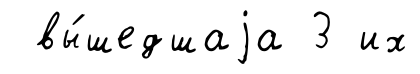
вы́шедшаjа 3 их